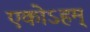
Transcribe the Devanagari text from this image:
एकोऽहम्